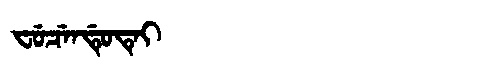
Manchu: ᠸᡠᠴᡝᠨᡩᡠᡨᡝᡳ
Romanization: FUCENDUTEI